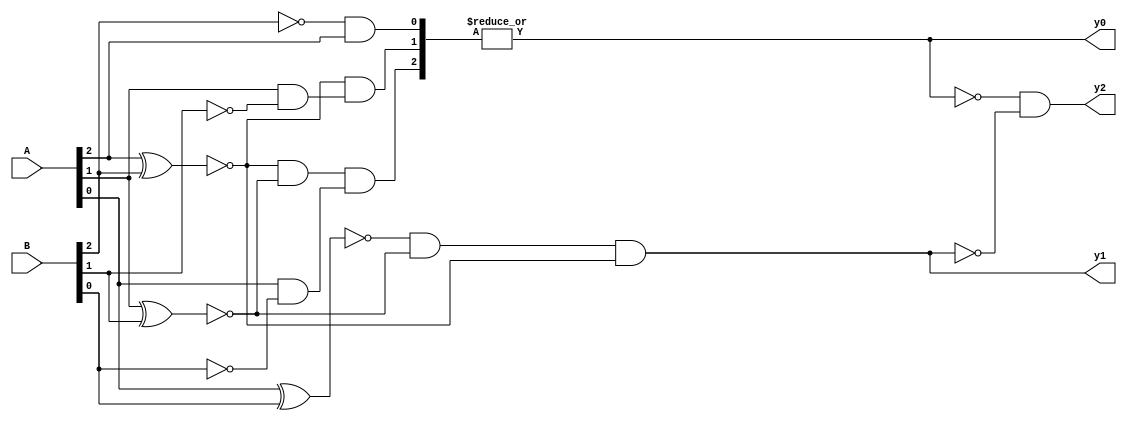
module Com(
    input [2:0] A,
    input [2:0] B,
    output y0,
    output y1,
    output y2
    );
    wire [2:0] yp;
    
    assign yp[0] = ~B[2] & A[2];
    assign yp[1] = ~(A[2] ^ B[2]) & (A[1] & ~B[1]);
    assign yp[2] = ~(A[2] ^ B[2]) & ~(A[1] ^ B[1])& (A[0] & ~B[0]);
    
    assign y0 = |yp;
    assign y1 = ~(A[0] ^ B[0]) & ~(A[1] ^ B[1]) &  ~(A[2] ^ B[2]);
    assign y2 = ~y0 & ~y1;
    
endmodule